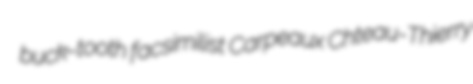
buck-tooth facsimilist Carpeaux Chteau-Thierry